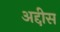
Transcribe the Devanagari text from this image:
अद्दीस